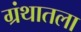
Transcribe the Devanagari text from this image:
ग्रंथातला